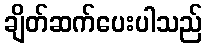
ချိတ်ဆက်ပေးပါသည်